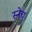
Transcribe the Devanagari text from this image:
स्नेच